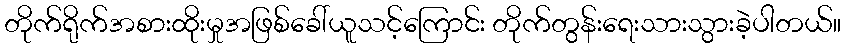
တိုက်ရိုက်အစားထိုးမှုအဖြစ်ခေါ်ယူသင့်ကြောင်း တိုက်တွန်းရေးသားသွားခဲ့ပါတယ်။